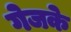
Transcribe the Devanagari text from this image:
गेजके